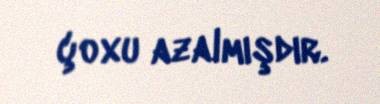
çoxu azalmışdır.